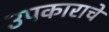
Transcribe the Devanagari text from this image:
उपकाराचे